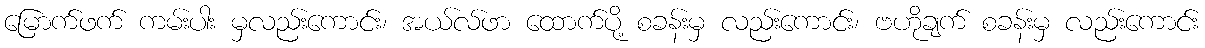
မြောက်ဖက် ကမ်းပါး မှလည်းကောင်း၊ အယ်လ်ဖာ ထောက်ပို့ စခန်းမှ လည်းကောင်း၊ ဗဟိုချက် စခန်းမှ လည်းကောင်း